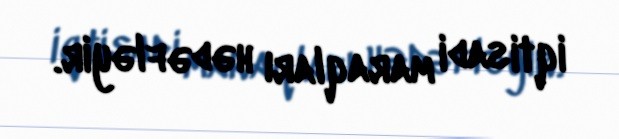
iqtisadi maraqları hədəfləyir.